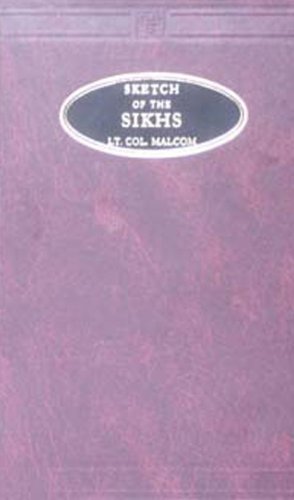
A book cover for Sketch of the Sikhs; Sir John Malcolm; Religion & Spirituality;